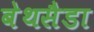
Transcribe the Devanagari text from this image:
बेथसैडा